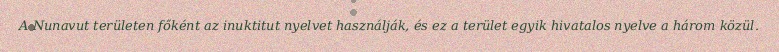
A Nunavut területen főként az inuktitut nyelvet használják, és ez a terület egyik hivatalos nyelve a három közül.